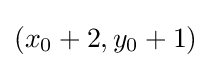
(x_{0}+2,y_{0}+1)